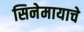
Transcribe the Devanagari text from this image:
सिनेमायाचे